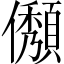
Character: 𠐬